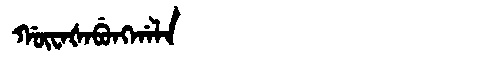
Manchu: ᡤᡡᠸᠠᡧᠠᠪᡠᠩᡤᠠᠯᠠ
Romanization: GŪWAŠABUNGGALA